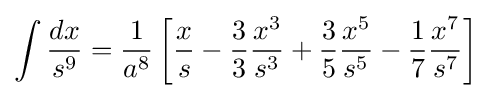
\int {\frac {dx}{s^{9}}}={\frac {1}{a^{8}}}\left[{\frac {x}{s}}-{\frac {3}{3}}{\frac {x^{3}}{s^{3}}}+{\frac {3}{5}}{\frac {x^{5}}{s^{5}}}-{\frac {1}{7}}{\frac {x^{7}}{s^{7}}}\right]